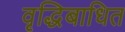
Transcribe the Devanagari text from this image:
वृद्धिबाधित